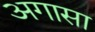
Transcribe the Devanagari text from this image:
अगासा